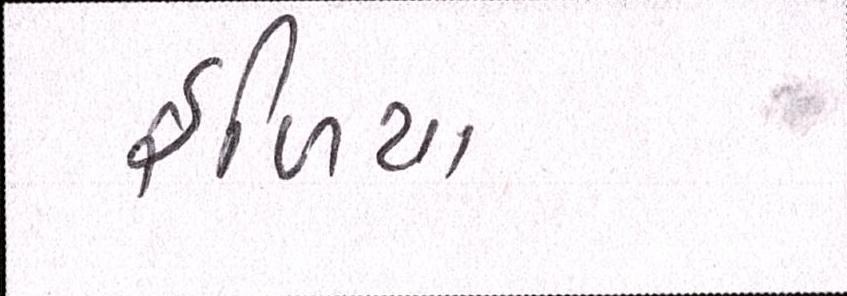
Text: ફળિયા